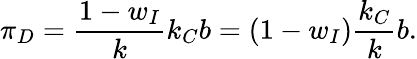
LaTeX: \pi_{D}=\frac{1-w_{I}}{k}k_{C}b=(1-w_{I})\frac{k_{C}}{k}b.